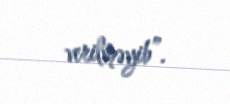
verilməyib”.